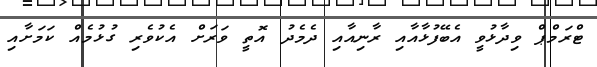
ޓްރަމްޕް ވިދާޅުވީ އެބޭފުޅާއާއި ރާނިއާއި ދެމެދު އޮތީ ވަރަށް އެކުވެރި ގުޅުމެއް ކަމަށާއި